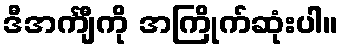
ဒီအင်္ကျီကို အကြိုက်ဆုံးပါ။